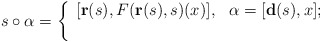
\begin{align*} s\circ\alpha=\left\lbrace\begin{array}{ll}[{\mathbf{r}}(s), F({\mathbf{r}}(s),s)(x)],& \alpha=[{\mathbf{d}}(s),x];\\ & \end{array}\right.\end{align*}